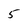
Character: 5